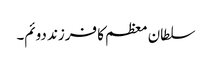
سلطان معظم کا فرزند دوئم۔